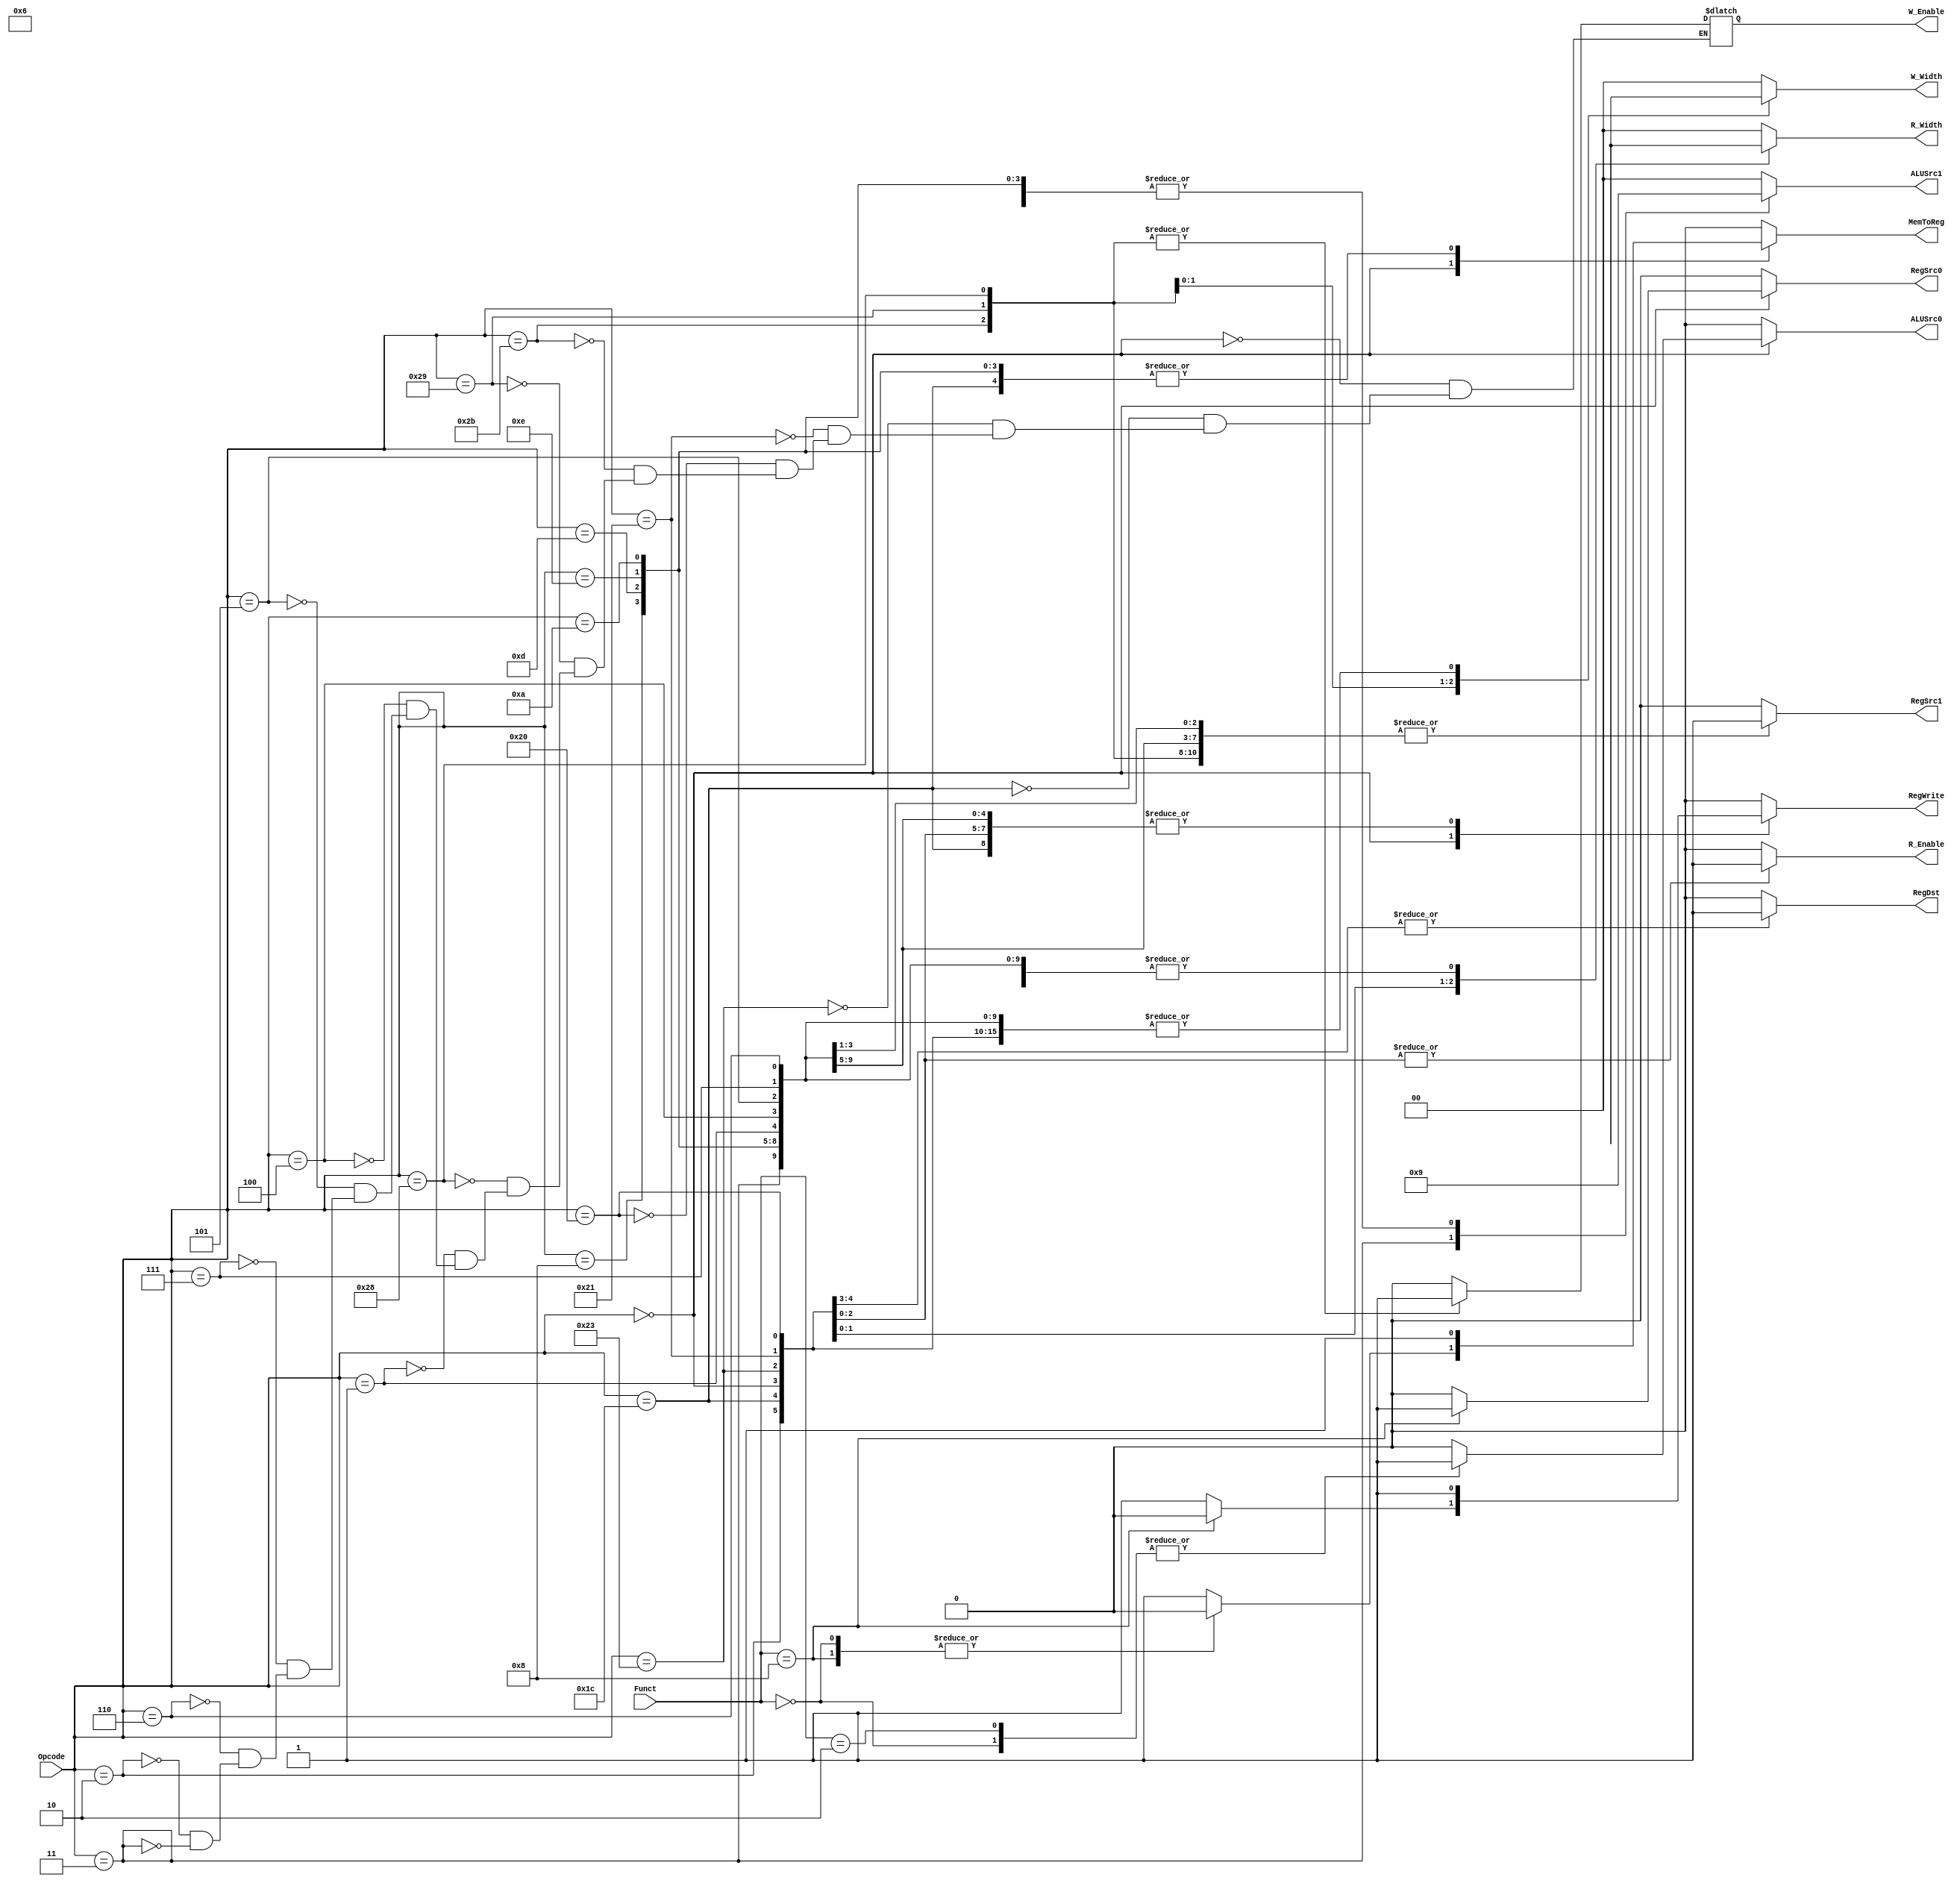
`timescale 1ns / 1ps
//////////////////////////////////////////////////////////////////////////////////
// Company: 
// Engineer: 
// 
// Design Name: 
// Module Name: Controller
// Project Name: 
// Target Devices: 
// Tool Versions: 
// Description: 
// 
// Dependencies: 
// 
// Revision:
// Revision 0.01 - File Created
// Additional Comments:
// 
//////////////////////////////////////////////////////////////////////////////////


module Controller(
// Inputs
Opcode, Funct, 

// Outputs
RegSrc0, RegSrc1,
RegDst, ALUSrc0, ALUSrc1,
R_Enable, W_Enable, R_Width, W_Width,
MemToReg, RegWrite 
);

input [5:0] Funct, Opcode;

output reg RegSrc0;
output reg RegSrc1;
//output reg ExtendSel;

output reg RegDst;
output reg ALUSrc0;
output reg [1:0] ALUSrc1;
output reg R_Enable;
output reg W_Enable;
output reg MemToReg;
output reg RegWrite;
output reg [1:0] R_Width;
output reg [1:0] W_Width;

//always @(Instruction) begin 
// Since we have case(opcode) and case(branchSignal) we should do always @ (*), functionality should be the same
always @ (*) begin
case (Opcode)
    // R-type instructions (and jump register since that's R-type for some reason ???)
    
    6'b000000: 
        begin case (Funct)
        // jr
            6'b001000: begin
            RegSrc0 <= 1;
            RegSrc1 <= 1; 
            RegDst <= 1;
            ALUSrc0 <= 0;
            ALUSrc1 <= 0; // top of r-type changes
            R_Enable <= 0; 
            W_Enable <= 0;
            MemToReg <= 0;
            RegWrite <= 0;
            R_Width <= 2'bXX;
            W_Width <= 2'bXX;
            end
        // sll
            6'b000000: begin
            RegSrc0 <= 0;
            RegSrc1 <= 1;
            RegDst <= 1;
            ALUSrc0 <= 1;
            ALUSrc1 <= 0;
            R_Enable <= 0; 
            W_Enable <= 0;
            MemToReg <= 0;
            RegWrite <= 1;
            R_Width <= 2'bXX;
            W_Width <= 2'bXX;
            end
        // srl
            6'b000010: begin
            RegSrc0 <= 0;
            RegSrc1 <= 1; 
            RegDst <= 1;
            ALUSrc0 <= 1;
            ALUSrc1 <= 0;           
            R_Enable <= 0; 
            W_Enable <= 0;
            MemToReg <= 1;
            RegWrite <= 1;
            R_Width <= 2'bXX;
            W_Width <= 2'bXX;
            end
        // Not sll / srl
            
            default: begin
            RegSrc0 <= 0;
            RegSrc1 <= 1;  
            RegDst <= 1;
            ALUSrc0 <= 0;
            ALUSrc1 <= 0; // Correction 11/30/23
            R_Enable <= 0; 
            W_Enable <= 0;
            MemToReg <= 1;
            RegWrite <= 1;
            R_Width <= 2'bXX;
            W_Width <= 2'bXX;          
            end
    endcase end
    
    // mul (uses SPECIAL2 = 6'b011100, not SPECIAL = 6'b000000)
    // this is the only instruction that uses SPECIAL2 but we can expand if needed
    6'b011100: begin 
            RegSrc0 <= 0;
            RegSrc1 <= 1; 
            RegDst <= 1;
            ALUSrc0 <= 0;
            ALUSrc1 <= 0;
            R_Enable <= 0; 
            W_Enable <= 0;
            MemToReg <= 1;
            RegWrite <= 1;
            R_Width <= 2'bXX;
            W_Width <= 2'bXX; 
    end  
    
    // Memory Instructions
    // lw
    6'b100011: begin
            RegSrc0 <= 0;
            RegSrc1 <= 1;
            RegDst <= 0;
            ALUSrc0 <= 0;
            ALUSrc1 <= 1;
            R_Enable <= 1; 
            W_Enable <= 0;
            MemToReg <= 0;
            RegWrite <= 1;
            R_Width <= 0;
            W_Width <= 2'bXX;   
    end

    // lh
    6'b100001: begin
            RegSrc0 <= 0;
            RegSrc1 <= 1;
            RegDst <= 0;
            ALUSrc0 <= 0;
            ALUSrc1 <= 1;
            R_Enable <= 1; 
            W_Enable <= 0;
            MemToReg <= 0;
            RegWrite <= 1;
            R_Width <= 1;
            W_Width <= 2'bXX;     
    end

    // lb
    6'b100000: begin
            RegSrc0 <= 0;
            RegSrc1 <= 1;
            RegDst <= 0;
            ALUSrc0 <= 0;
            ALUSrc1 <= 1;
            R_Enable <= 1; 
            W_Enable <= 0;
            MemToReg <= 0;
            RegWrite <= 1;
            R_Width <= 2;
            W_Width <= 2'bXX;       
    end
    
    // sw
    6'b101011: begin
            RegSrc0 <= 0;
            RegSrc1 <= 1;  
            RegDst <= 0;
            ALUSrc0 <= 0;
            ALUSrc1 <= 1;
            R_Enable <= 0; 
            W_Enable <= 1;
            MemToReg <= 0;
            RegWrite <= 0;
            R_Width <= 2'bXX;
            W_Width <= 0;
    end
    
    // sh
    6'b101001: begin
            RegSrc0 <= 0;
            RegSrc1 <= 1;  
            RegDst <= 0;
            ALUSrc0 <= 0;
            ALUSrc1 <= 1;
            R_Enable <= 0; 
            W_Enable <= 1;
            MemToReg <= 0;
            RegWrite <= 0;
            R_Width <= 2'bXX;
            W_Width <= 1;
    end

    // sb
    6'b101000: begin
            RegSrc0 <= 0;
            RegSrc1 <= 1;  
            RegDst <= 0;
            ALUSrc0 <= 0;
            ALUSrc1 <= 1;
            R_Enable <= 0; 
            W_Enable <= 1;
            MemToReg <= 0;
            RegWrite <= 0;
            R_Width <= 2'bXX;
            W_Width <= 2;
    end
    
    // Branch and Jump instructions
    // bgez & bltz
    6'b000001: begin
            RegSrc0 <= 0;
            RegSrc1 <= 0; 
            RegDst <= 0;
            ALUSrc0 <= 0;
            ALUSrc1 <= 0;
            R_Enable <= 0; 
            W_Enable <= 0;
            MemToReg <= 0;
            RegWrite <= 0;
            R_Width <= 2'bXX;
            W_Width <= 2'bXX;
    end
    
    // beq
    6'b000100: begin
            RegSrc0 <= 0;
            RegSrc1 <= 1; 
            RegDst <= 0;
            ALUSrc0 <= 0;
            ALUSrc1 <= 0;
            R_Enable <= 0; 
            W_Enable <= 0;
            MemToReg <= 0;
            RegWrite <= 0;
            R_Width <= 2'bXX;
            W_Width <= 2'bXX;
    end
    
    // bne
    6'b000101: begin
            RegSrc0 <= 0;
            RegSrc1 <= 1; 
            RegDst <= 0;
            ALUSrc0 <= 0;
            ALUSrc1 <= 0;
            R_Enable <= 0; 
            W_Enable <= 0;
            MemToReg <= 0;
            RegWrite <= 0;
            R_Width <= 2'bXX;
            W_Width <= 2'bXX;
    end
    
    // bgtz
    6'b000111: begin
            RegSrc0 <= 0;
            RegSrc1 <= 1; 
            RegDst <= 0;
            ALUSrc0 <= 0;
            ALUSrc1 <= 0;
            R_Enable <= 0; 
            W_Enable <= 0;
            MemToReg <= 0;
            RegWrite <= 0;
            R_Width <= 2'bXX;
            W_Width <= 2'bXX;
    end
    
    // blez
    6'b000110: begin
            RegSrc0 <= 0;
            RegSrc1 <= 0; 
            RegDst <= 0;
            ALUSrc0 <= 0;
            ALUSrc1 <= 0;
            R_Enable <= 0; 
            W_Enable <= 0;
            MemToReg <= 0;
            RegWrite <= 0;
            R_Width <= 2'bXX;
            W_Width <= 2'bXX;
    end
    
    // j
    6'b000010: begin
            RegSrc0 <= 0;
            RegSrc1 <= 1; 
            RegDst <= 0;
            ALUSrc0 <= 0;
            ALUSrc1 <= 0;
            R_Enable <= 0; 
            W_Enable <= 0;
            MemToReg <= 0;
            RegWrite <= 0;
            R_Width <= 2'bXX;
            W_Width <= 2'bXX;
    end
    
    // jal
    6'b000011: begin
            RegSrc0 <= 0;
            RegSrc1 <= 1; 
            RegDst <= 0;
            ALUSrc0 <= 0;
            ALUSrc1 <= 2;
            R_Enable <= 0; 
            W_Enable <= 0;
            MemToReg <= 0;
            RegWrite <= 1;
            R_Width <= 2'bXX;
            W_Width <= 2'bXX;
    end
        
    // Logical I-type instructions
    // addi
    6'b001000: begin
        RegSrc0 <= 0;
        RegSrc1 <= 1;
        RegDst <= 0;
        ALUSrc0 <= 0;
        ALUSrc1 <= 1;
        R_Enable <= 0;
        MemToReg <= 1;
        RegWrite <= 1;
        R_Width <= 2'bXX;
        W_Width <= 2'bXX;
    end   
    
    // ori
    6'b001101: begin
        RegSrc0 <= 0;
        RegSrc1 <= 1;
        RegDst <= 0;
        ALUSrc0 <= 0;
        ALUSrc1 <= 1;
        R_Enable <= 0;
        MemToReg <= 1;
        RegWrite <= 1;
        R_Width <= 2'bXX;
        W_Width <= 2'bXX;
    end 
    
    // xori
    6'b001110: begin
        RegSrc0 <= 0;
        RegSrc1 <= 1;
        RegDst <= 0;
        ALUSrc0 <= 0;
        ALUSrc1 <= 1;
        R_Enable <= 0;
        MemToReg <= 1;
        RegWrite <= 1;
        R_Width <= 2'bXX;
        W_Width <= 2'bXX;
    end 
    
    // slti
    6'b001010: begin
        RegSrc0 <= 0;
        RegSrc1 <= 1;
        RegDst <= 0;
        ALUSrc0 <= 0;
        ALUSrc1 <= 1;
        R_Enable <= 0;
        MemToReg <= 1;
        RegWrite <= 1;
        R_Width <= 2'bXX;
        W_Width <= 2'bXX;
     end
     default: begin 
        RegSrc0 <= 0;
        RegSrc1 <= 0;
        RegDst <= 0;
        ALUSrc0 <= 0;
        ALUSrc1 <= 0;
        R_Enable <= 0;
        MemToReg <= 0;
        RegWrite <= 0;
        R_Width <= 0;
        W_Width <= 0;
     end
endcase
end

endmodule